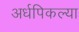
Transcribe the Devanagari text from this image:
अर्धपिकल्या